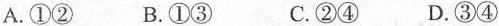
A.①② B.①③ C.②④ D.③④